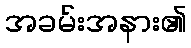
အခမ်းအနား၏